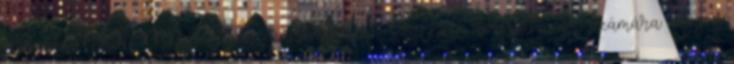
oldalon. Akik Méeibel-ben szándékoznak szállást keresni, azok számára nagyon